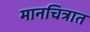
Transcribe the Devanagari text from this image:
मानचित्रात